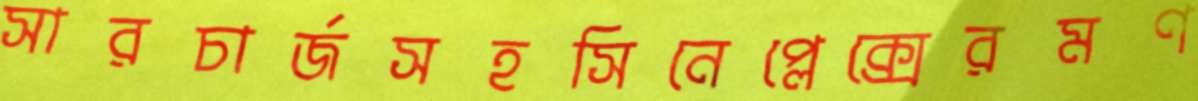
সারচার্জসহসিনেপ্লেক্সেরমণ